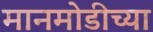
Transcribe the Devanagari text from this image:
मानमोडीच्या